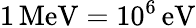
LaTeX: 1\, \mathrm{MeV}=10^{6}\, \mathrm{eV}